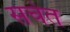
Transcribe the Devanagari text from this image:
सचंत